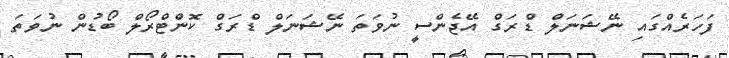
ފަހަރެއްގައި ނޭޝަނަލް ޑްރަގް އޭޖެންސީ ނުވަތަ ނޭޝަނަލް ޑްރަގް ކޮންޓްރޯލް ބޯޑުން ނުވަތަ